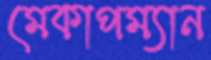
মেকাপম্যান